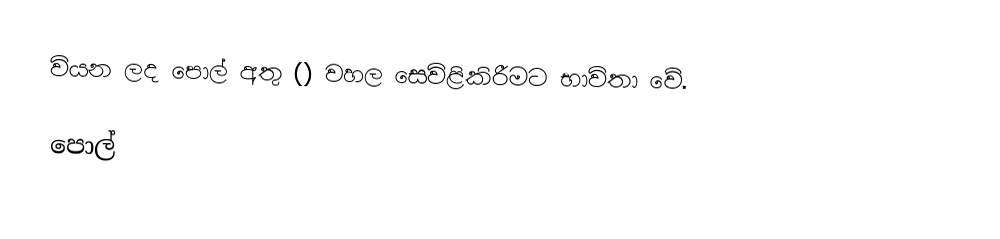
වියන ලද පොල් අතු () වහල සෙවිළිකිරීමට භාවිතා වේ.

පොල්